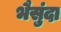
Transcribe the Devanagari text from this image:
भैसुंदा